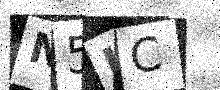
Text: N5LC